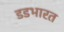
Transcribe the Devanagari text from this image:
डडभारत